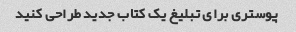
پوستری برای تبلیغ یک کتاب جدید طراحی کنید